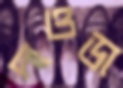
দাওডা